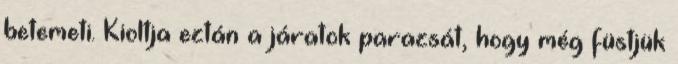
betemeti. Kioltja eztán a járatok parazsát, hogy még füstjük